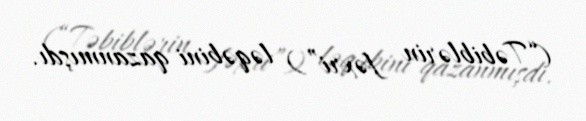
(“Təbiblərin fəxri”) ləqəbini qazanmışdı.